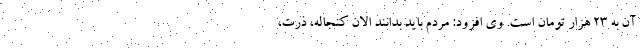
آن به ٢٣ هزار تومان است. وی افزود: مردم باید بدانند الان کنجاله، ذرت،